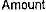
AMOUNT